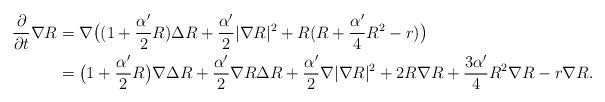
\begin{align*}\frac{\partial}{\partial t}\nabla R&=\nabla\big((1+\frac{\alpha'}{2}R)\Delta R+\frac{\alpha'}{2}|\nabla R|^2+R(R+\frac{\alpha'}{4}R^2-r)\big)\\&=\big(1+\frac{\alpha'}{2}R\big)\nabla\Delta R+\frac{\alpha'}{2}\nabla R\Delta R+\frac{\alpha'}{2}\nabla|\nabla R|^2+2R\nabla R+\frac{3\alpha'}{4}R^2\nabla R-r\nabla R.\end{align*}